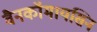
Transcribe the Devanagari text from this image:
वैनकॉमायसिन